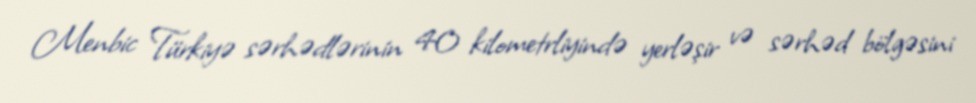
Menbic Türkiyə sərhədlərinin 40 kilometrliyində yerləşir və sərhəd bölgəsini